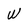
Character: W